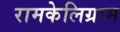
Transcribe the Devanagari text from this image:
रामकेलिग्राम